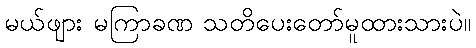
မယ်ဖျား မကြာခဏ သတိပေးတော်မူထားသားပဲ။